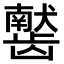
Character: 𫜰